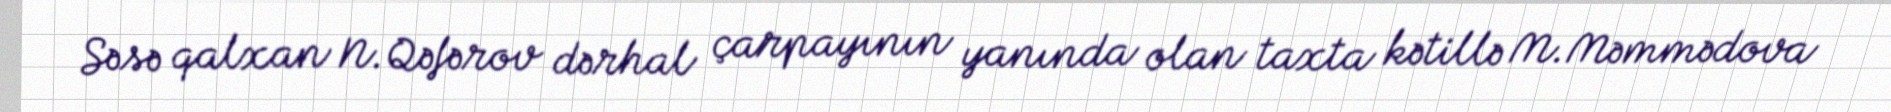
Səsə qalxan N.Qəfərov dərhal çarpayının yanında olan taxta kətillə M.Məmmədova